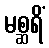
မစ္ဆရိံ